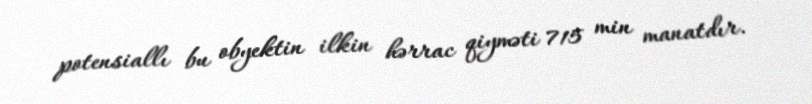
potensiallı bu obyektin ilkin hərrac qiyməti 715 min manatdır.